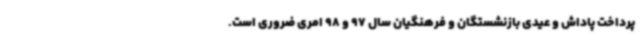
پرداخت پاداش و عیدی بازنشستگان و فرهنگیان سال 97 و 98 امری ضروری است.